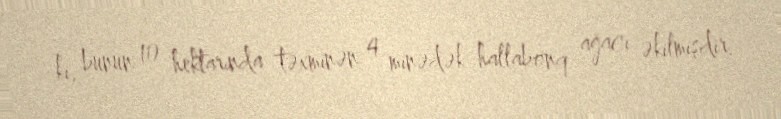
ki, bunun 10 hektarında təxminən 4 minədək hallabonq ağacı əkilmişdir.